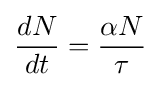
{\frac {dN}{dt}}={\frac {\alpha N}{\tau }}